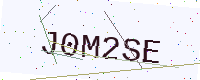
Text: J0M2SE